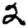
Digit: 2